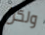
ولكن